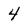
Character: 4